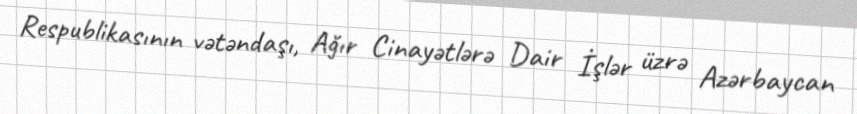
Respublikasının vətəndaşı, Ağır Cinayətlərə Dair İşlər üzrə Azərbaycan